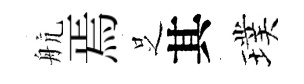
航焉𠯁其璞